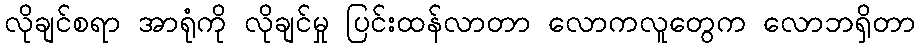
လိုချင်စရာ အာရုံကို လိုချင်မှု ပြင်းထန်လာတာ လောကလူတွေက လောဘရှိတာ